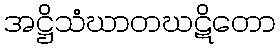
အဋ္ဌိသံဃာတဃဋိတော